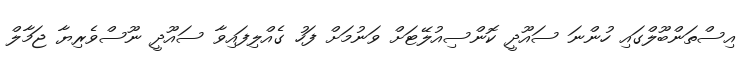
އިސްތަންބޫލްގައި ހުންނަ ސައޫދީ ކޮންސިއުލޭޓަށް ވަނުމަށް ފަހު ގެއްލިފައިވާ ސައޫދީ ނޫސްވެރިޔާ ޖަމާލް